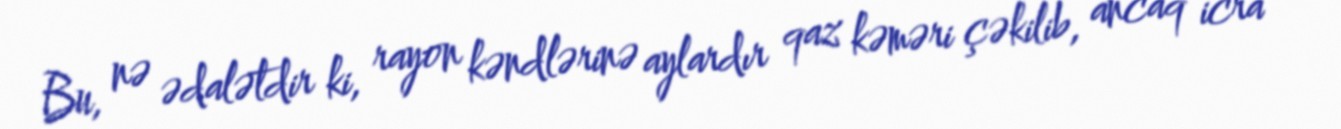
Bu, nə ədalətdir ki, rayon kəndlərinə aylardır qaz kəməri çəkilib, ancaq icra